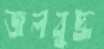
জলবুদ্ধ